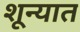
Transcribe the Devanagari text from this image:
शून्यात